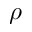
\rho